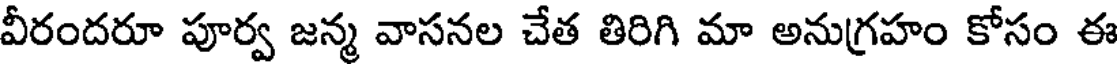
వీరందరూ పూర్వ జన్మ వాసనల చేత తిరిగి మా అనుగ్రహం కోసం ఈ